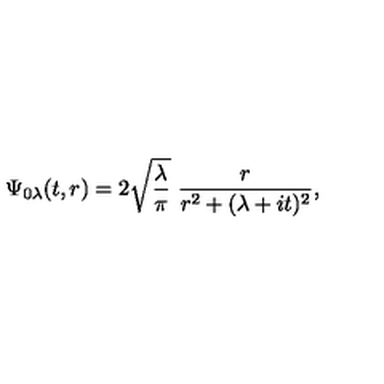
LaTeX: \Psi _ { 0 \lambda } ( t , r ) = 2 \sqrt { \frac { \lambda } { \pi } } \ \frac { r } { r ^ { 2 } + ( \lambda + i t ) ^ { 2 } } ,